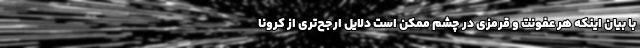
با بیان اینکه هر عفونت و قرمزی در چشم ممکن است دلایل ارجح‌تری از کرونا